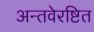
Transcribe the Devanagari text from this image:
अन्तवेरष्टित